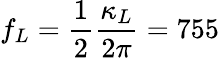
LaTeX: f_{L}=\frac{1}{2}\frac{\kappa_{L}}{2\pi}=755